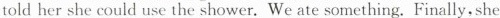
told her she could use the shower.We ate something.Finally,she